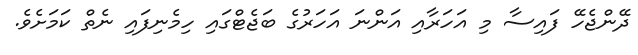
ދޭންޖެހޭ ފައިސާ މި އަހަރާއި އަންނަ އަހަރުގެ ބަޖެޓްގައި ހިމެނިފައި ނެތް ކަމަށެވެ.